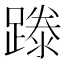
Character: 𨄇